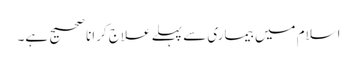
اسلام میں بیماری سے پہلے علاج کرانا صحیح ہے۔